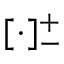
[ \cdot ] _ { - } ^ { + }